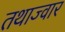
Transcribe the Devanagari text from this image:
तथाज्वार